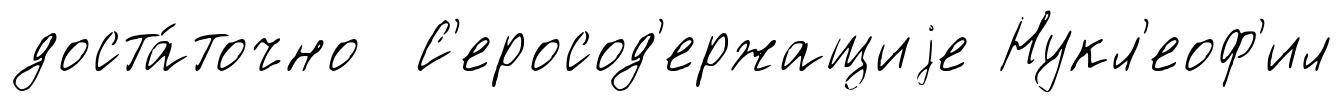
доста́точно С'еросод'ержащиjе Нукл'еоф'ил